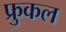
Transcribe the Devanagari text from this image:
फ्रुकल